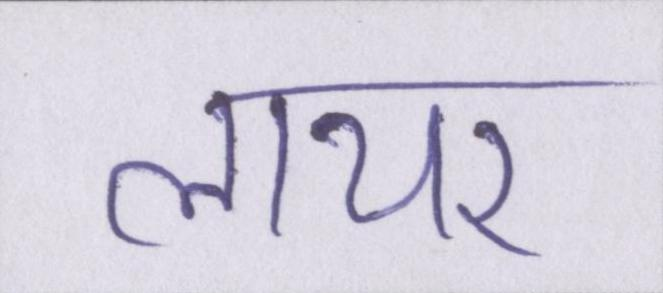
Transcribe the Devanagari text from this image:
लायर